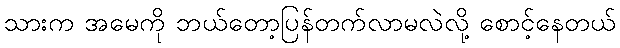
သားက အမေကို ဘယ်တော့ပြန်တက်လာမလဲလို့ စောင့်နေတယ်